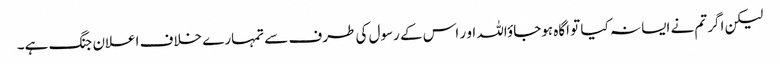
لیکن اگر تم نے ایسا نہ کیا تو اگاہ ہوجاؤاللہ او ر اس کے رسول کی طرف سے تمہارے خلاف اعلان جنگ ہے۔